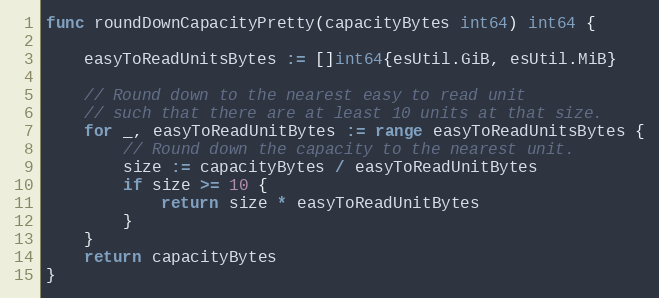
Language: Go
func roundDownCapacityPretty(capacityBytes int64) int64 {

	easyToReadUnitsBytes := []int64{esUtil.GiB, esUtil.MiB}

	// Round down to the nearest easy to read unit
	// such that there are at least 10 units at that size.
	for _, easyToReadUnitBytes := range easyToReadUnitsBytes {
		// Round down the capacity to the nearest unit.
		size := capacityBytes / easyToReadUnitBytes
		if size >= 10 {
			return size * easyToReadUnitBytes
		}
	}
	return capacityBytes
}